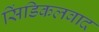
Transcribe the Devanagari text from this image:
सिंडिकलवाद